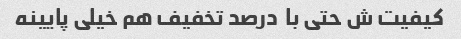
کیفیت ش حتی با  درصد تخفیف هم خیلی پایینه